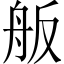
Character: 舨